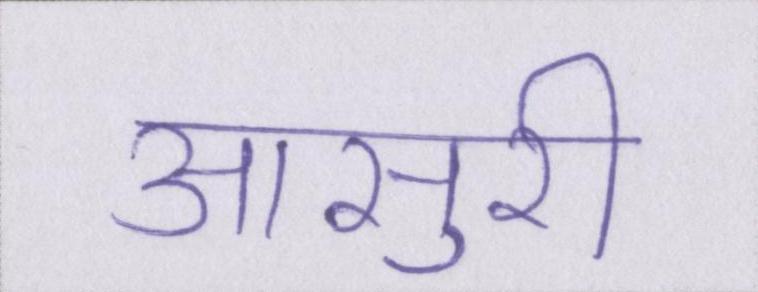
आसुरी